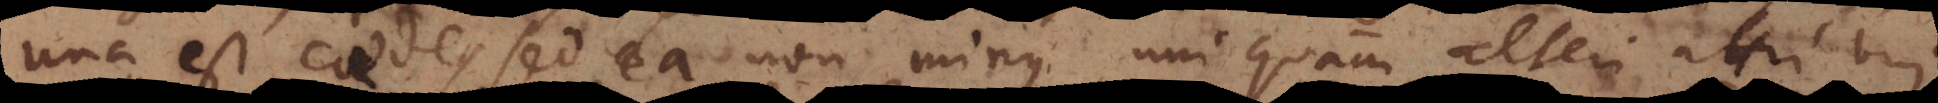
una est caedes sed ea non minus uni quam alteri attribui